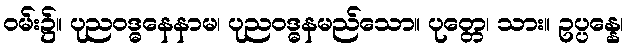
ဝမ်း၌။ ပုညဝဒ္ဓနေနာမ၊ ပုညဝဒ္ဓနမည်သော။ ပုတ္တေ၊ သား။ ဥပ္ပန္နေ၊